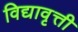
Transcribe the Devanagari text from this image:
विद्यावृत्ती